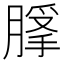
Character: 𦞿